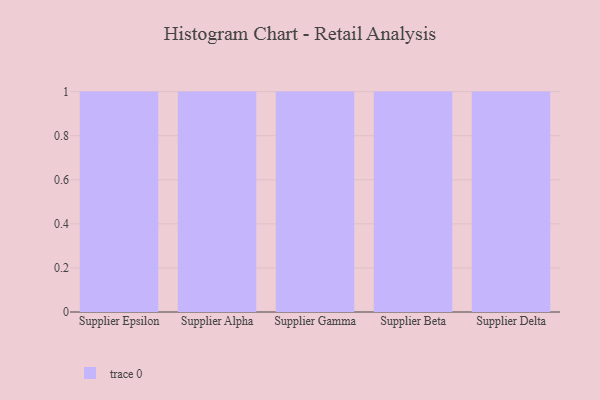
{"axis": {"x": "Supplier", "y": "Churn Rate (%)"}, "legend": [""], "data": [{"x": "Supplier Epsilon", "y": 74, "type": ""}, {"x": "Supplier Alpha", "y": 58, "type": ""}, {"x": "Supplier Gamma", "y": 70, "type": ""}, {"x": "Supplier Beta", "y": 98, "type": ""}, {"x": "Supplier Delta", "y": 96, "type": ""}]}